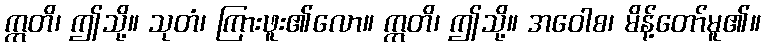
ဣတိ၊ ဤသို့။ သုတံ၊ ကြားဖူး၏လော။ ဣတိ၊ ဤသို့။ အဝေါစ၊ မိန့်တော်မူ၏။